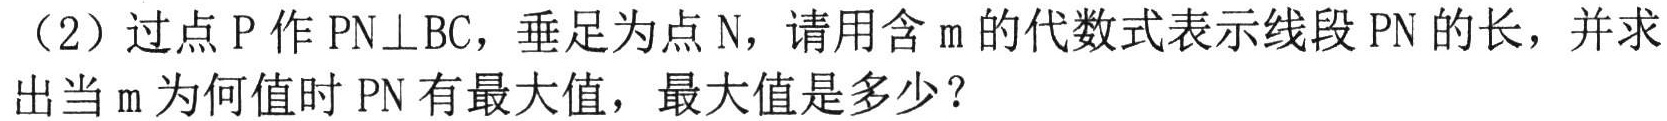
（2）过点\(P\)作\(PN\perp BC\)，垂足为点\(N\)，请用含\(m\)的代数式表示线段\(PN\)的长，并求出当\(m\)为何值时\(PN\)有最大值，最大值是多少？